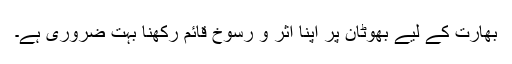
بھارت کے لیے بھوٹان پر اپنا اثر و رسوخ قائم رکھنا بہت ضروری ہے۔